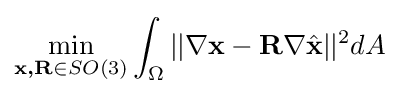
\min _{{\textbf {x,R}}\in SO(3)}\int _{\Omega }||\nabla {\textbf {x}}-{\textbf {R}}\nabla {\hat {\textbf {x}}}||^{2}dA